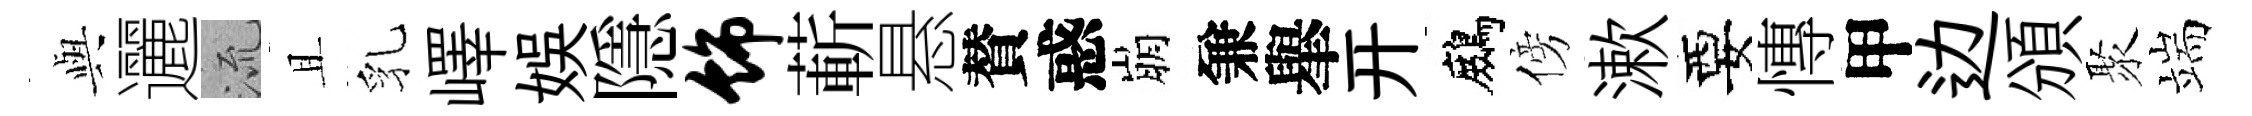
𫤰邐𣴑且乳嶧娱隱饰蔪悬賛惑崩兼𦦙开鷓傍漱要慱甲边頒聚端